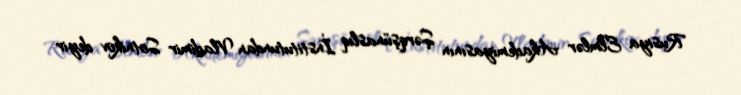
Rusiya Elmlər Akademiyasının Şərqşünaslıq İnstitutundan Vladimir Sotnikov deyir